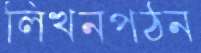
লিখনপঠন